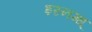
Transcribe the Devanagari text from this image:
इस्नग्ध्